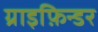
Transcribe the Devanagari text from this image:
ग्राइफ़िन्डर